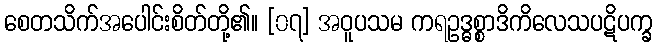
စေတသိက်အပေါင်းစိတ်တို့၏။ [၀၇] အဝူပသမ ကရဥဒ္ဓစ္စာဒိကိလေသပဋိပက္ခ